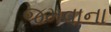
જમવાના